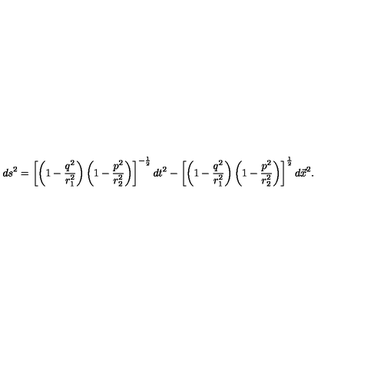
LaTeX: d s ^ { 2 } = \left[ \left( 1 - \frac { q ^ { 2 } } { r _ { 1 } ^ { 2 } } \right) \left( 1 - \frac { p ^ { 2 } } { r _ { 2 } ^ { 2 } } \right) \right] ^ { - \frac { 1 } { 2 } } d t ^ { 2 } - \left[ \left( 1 - \frac { q ^ { 2 } } { r _ { 1 } ^ { 2 } } \right) \left( 1 - \frac { p ^ { 2 } } { r _ { 2 } ^ { 2 } } \right) \right] ^ { \frac { 1 } { 2 } } d \vec { x } ^ { 2 } .